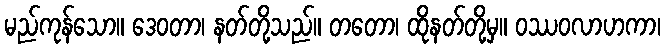
မည်ကုန်သော။ ဒေဝတာ၊ နတ်တို့သည်။ တတော၊ ထိုနတ်တို့မှ။ ဝဿဝလာဟကာ၊